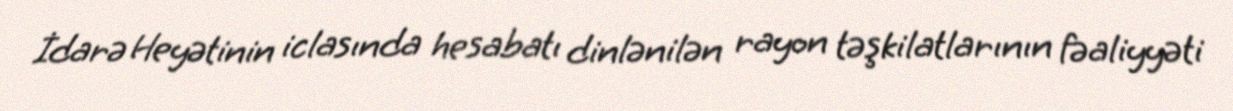
İdarə Heyətinin iclasında hesabatı dinlənilən rayon təşkilatlarının fəaliyyəti